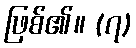
ဖြစ်၏။ (၇)